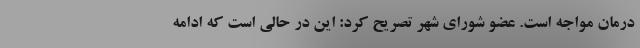
درمان مواجه است. عضو شورای شهر تصریح کرد: این در حالی است که ادامه